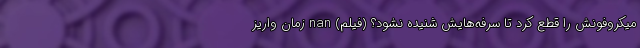
میکروفونش را قطع کرد تا سرفه‌هایش شنیده نشود؟ (فیلم) nan زمان واریز